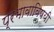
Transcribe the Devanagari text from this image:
प्रभावाविषयी